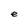
Character: e